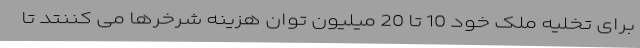
برای تخلیه ملک خود 10 تا 20 میلیون توان هزینه شرخرها می کننتد تا